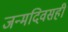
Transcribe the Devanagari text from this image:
जन्मदिवसही